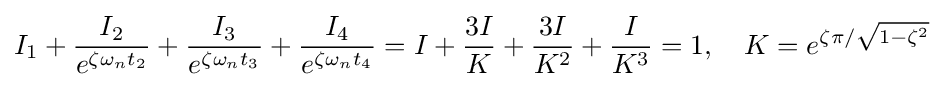
I_{1}+{\frac {I_{2}}{e^{\zeta \omega _{n}t_{2}}}}+{\frac {I_{3}}{e^{\zeta \omega _{n}t_{3}}}}+{\frac {I_{4}}{e^{\zeta \omega _{n}t_{4}}}}=I+{\frac {3I}{K}}+{\frac {3I}{K^{2}}}+{\frac {I}{K^{3}}}=1,\ \ \ K=e^{\zeta \pi /{\sqrt {1-\zeta ^{2}}}}